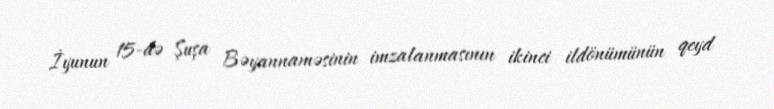
İyunun 15-də Şuşa Bəyannaməsinin imzalanmasının ikinci ildönümünün qeyd